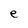
Character: e